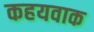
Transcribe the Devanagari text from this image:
कहयवाक